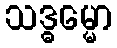
သဒ္ဓမ္မော